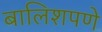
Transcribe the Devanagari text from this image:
बालिशपणे